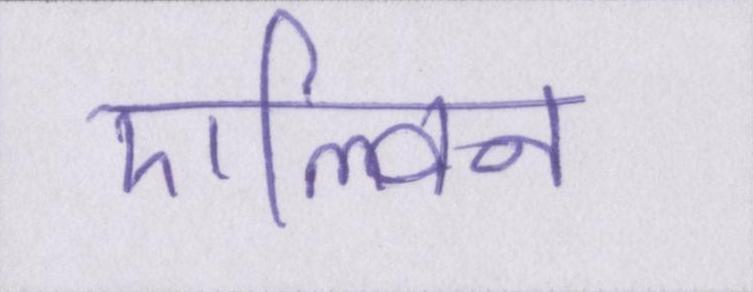
एल्विन